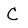
Character: C